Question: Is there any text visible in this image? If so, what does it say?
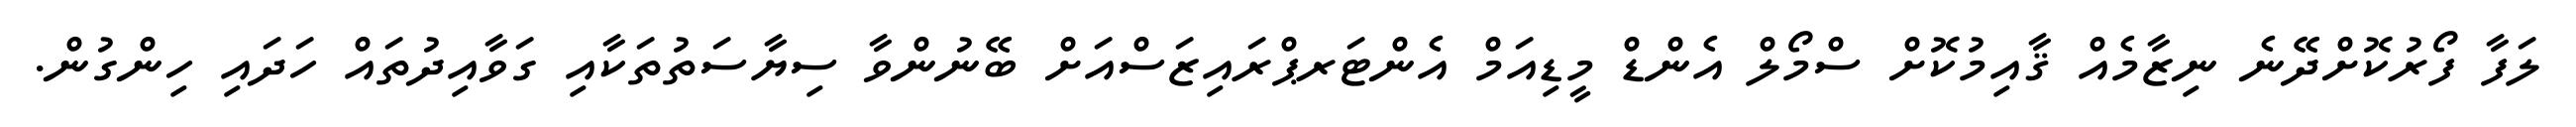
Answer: ލަފާ ފޯރުކޮށްދޭނެ ނިޒާމެއް ޤާއިމުކޮށް ސްމޯލް އެންޑް މީޑިއަމް އެންޓަރޕްރައިޒަސްއަށް ބޭނުންވާ ސިޔާސަތުތަކާއި ގަވާއިދުތައް ހަދައި ހިންގުން.